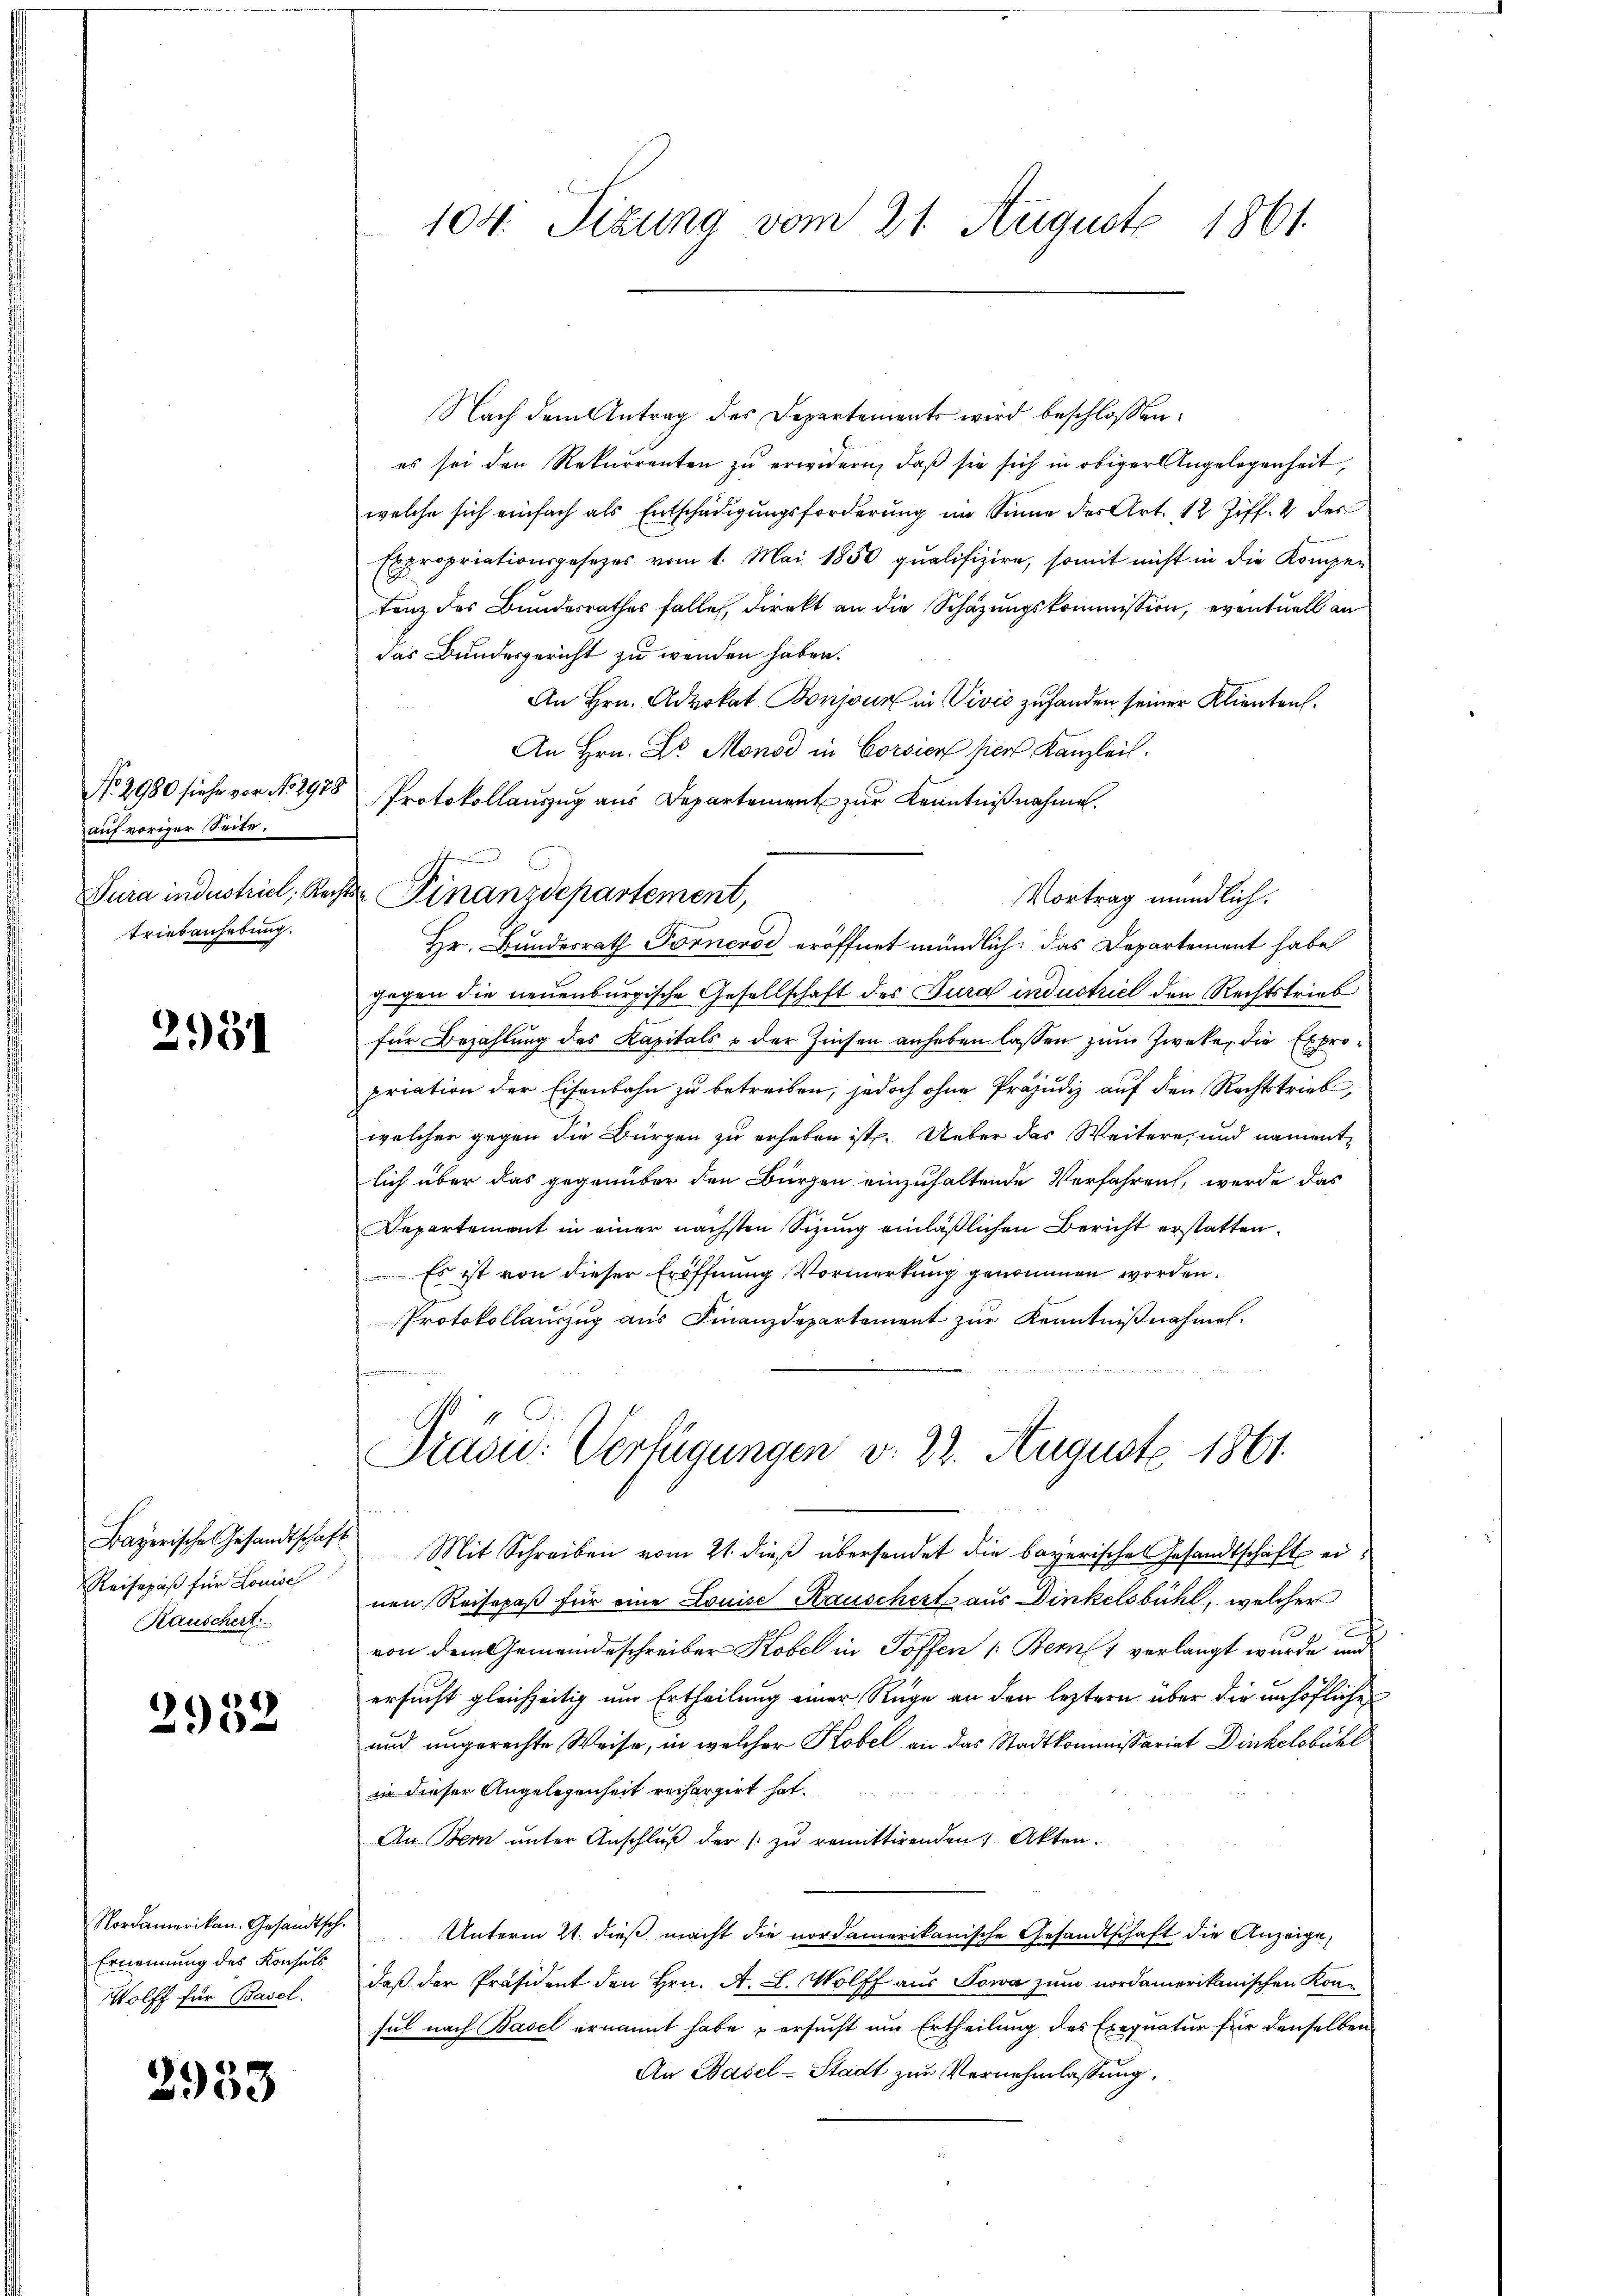
auf voriger Seite.
Triebenhebung.

2954

Reisepäß für Louise
Rauschert

2932

Ernennung des Konsuls
Wolff für Basel.

2953

Nach dem Antrag des Departements wird beschlossen:
es sei den Rekurrenten zu erwidern, daß sie sich in obiger Angelegenheit,
welche sich einfach als Entschädigŭngsforderŭng im Sinne der Art. 12 Ziff. 2 des
Expropriationsgesetzes vom 1. Mai 1850 qualifiziere, somit nicht in die Kompen
tenz des Bundesrathes falle, direkt an die Schazungskommission, eventuell an
das Bundesgericht zu wenden haben.
An Hrn. Advokat Bonjour in Vivis zufanden seiner Klienten.
An Hrn. Dr. Monod in Corsier hiers Kanzleil.
No. 2980 siehe vor No. 2988 Protokollaŭszŭg aŭs Departement zur Kenntniβnahme.
Dura industriel, Rechter Finanzdepartement,
Vortrag mündlich.
Hr. Bundesrath Fornerse eröffnet mündlich: das Departement habe
gegen die neuenburgische Gesellschaft des Jura industriel den Rechtstrieb
für Bezahlung des Kapitals & der Zinsen anheben lassen zum Zwecke, die Expropriation der Eisenbahn zu betreiben, jedoch ohne Präjudiz auf den Rechtstrieb,
welcher gegen die Bürgen zu erheben ist. Ueber das Weitere, und namentlich über das gegenüber den Bürgen einzuhaltende Verfahren, werde das
Departement in einer nächsten Sizung einläßlichen Bericht erstatten.
Es ist von dieser Eröffnung Vormerkung genommen worden.
Protokollauszug aus Finanzdepartement zŭr Kenntniβnahmen.
formieren

104. Sizung vom 21. August 1861

Präsid. Verfügungen v. 22. August 1861.

Bayerische Gesandtschaft Mit Schreiben vom 21. dieβ übersendet die bayerische Gesandtschaft einen Reisepaß für eine Louise Kauschert aus Dinkelsbühl, welcher
von dem Gemeindeschreiber Kobel in Toffen (Bern 1 verlangt wurde und
ersucht gleichzeitig um Ertheilung einer Rüge an den leztern über die unhöfliches
und ungerechte Weise, in welcher Kobel an das Stadtkommissariat Dinkelsbühl
in dieser Angelegenheit rechargirt hat.
An Bern unter Anschluß der |: zu remittirenden Akten.
Nordamerikan. Gesandtsch. Unterm 21. dieβ macht die nordamerikanische Gesandtschaft die Anzeige,
daß der Präsident den Hrn. A. L. Wolff aus Sowa zum nordamerikanischen Konsul nach Basel ernannt habe & ersucht um Ertheilung des Exequatur für denselben
An Basel-Stadt zur Vernehmlassung.